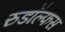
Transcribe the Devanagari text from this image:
रुडॉल्फस